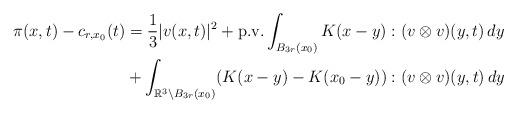
LaTeX: \begin{align*} \pi(x, t) - c_{r,x_0}(t) &= \frac{1}{3}|v(x, t)|^2 + \textnormal{p.v.} \int_{B_{3r}(x_0)} K(x - y) : (v \otimes v)(y, t) \,dy\\&+ \int_{\mathbb{R}^3 \setminus B_{3r}(x_0)} (K(x - y) - K(x_0 - y)) : (v \otimes v)(y, t) \,dy\end{align*}